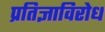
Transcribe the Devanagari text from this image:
प्रतिज्ञाविरोध